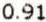
0.91